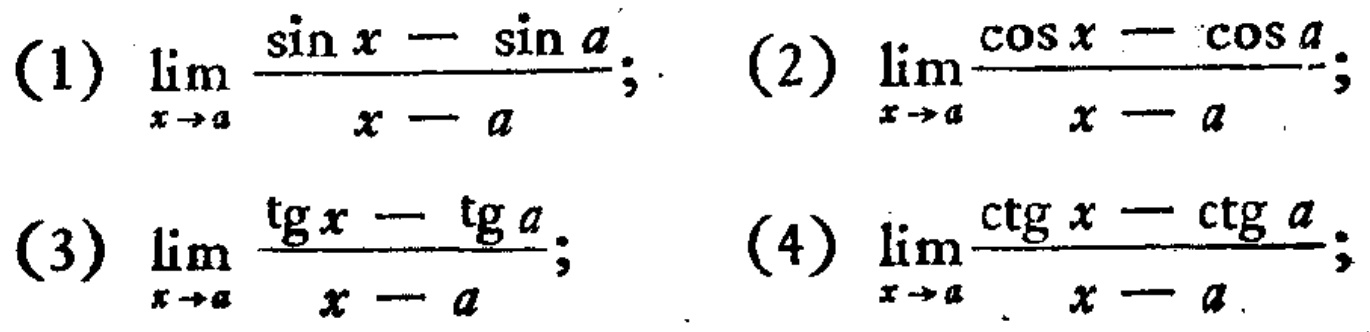
(1) \(\lim_{x \to a} \frac{\sin x - \sin a}{x - a}\); (2) \(\lim_{x \to a} \frac{\cos x - \cos a}{x - a}\);
(3) \(\lim_{x \to a} \frac{\tg x - \tg a}{x - a}\); (4) \(\lim_{x \to a} \frac{\ctg x - \ctg a}{x - a}\);